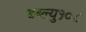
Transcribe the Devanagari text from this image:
डब्ल्यु१०८